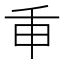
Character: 𢆍